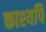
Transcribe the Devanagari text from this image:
काश्यपि